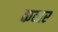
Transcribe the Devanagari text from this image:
कव्वर